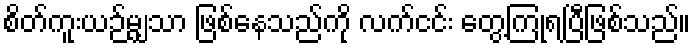
စိတ်ကူးယဉ်မျှသာ ဖြစ်နေသည်ကို လက်ငင်း တွေ့ကြုံရပြီဖြစ်သည်။